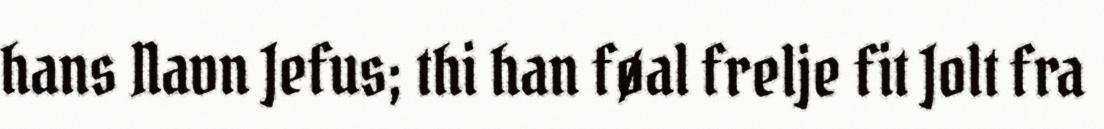
hans Navn Jefus; thi han føal frelje fit Jolt fra